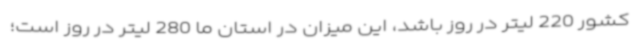
کشور 220 لیتر در روز باشد، این میزان در استان ما 280 لیتر در روز است؛